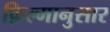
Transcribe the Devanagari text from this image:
फ़िल्मानुसार